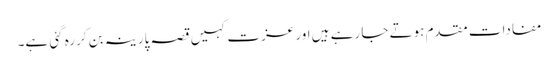
مفادات مقدم ہوتے جا رہے ہیں اور عزت کہیں قصہ پارینہ بن کررہ گئی ہے۔